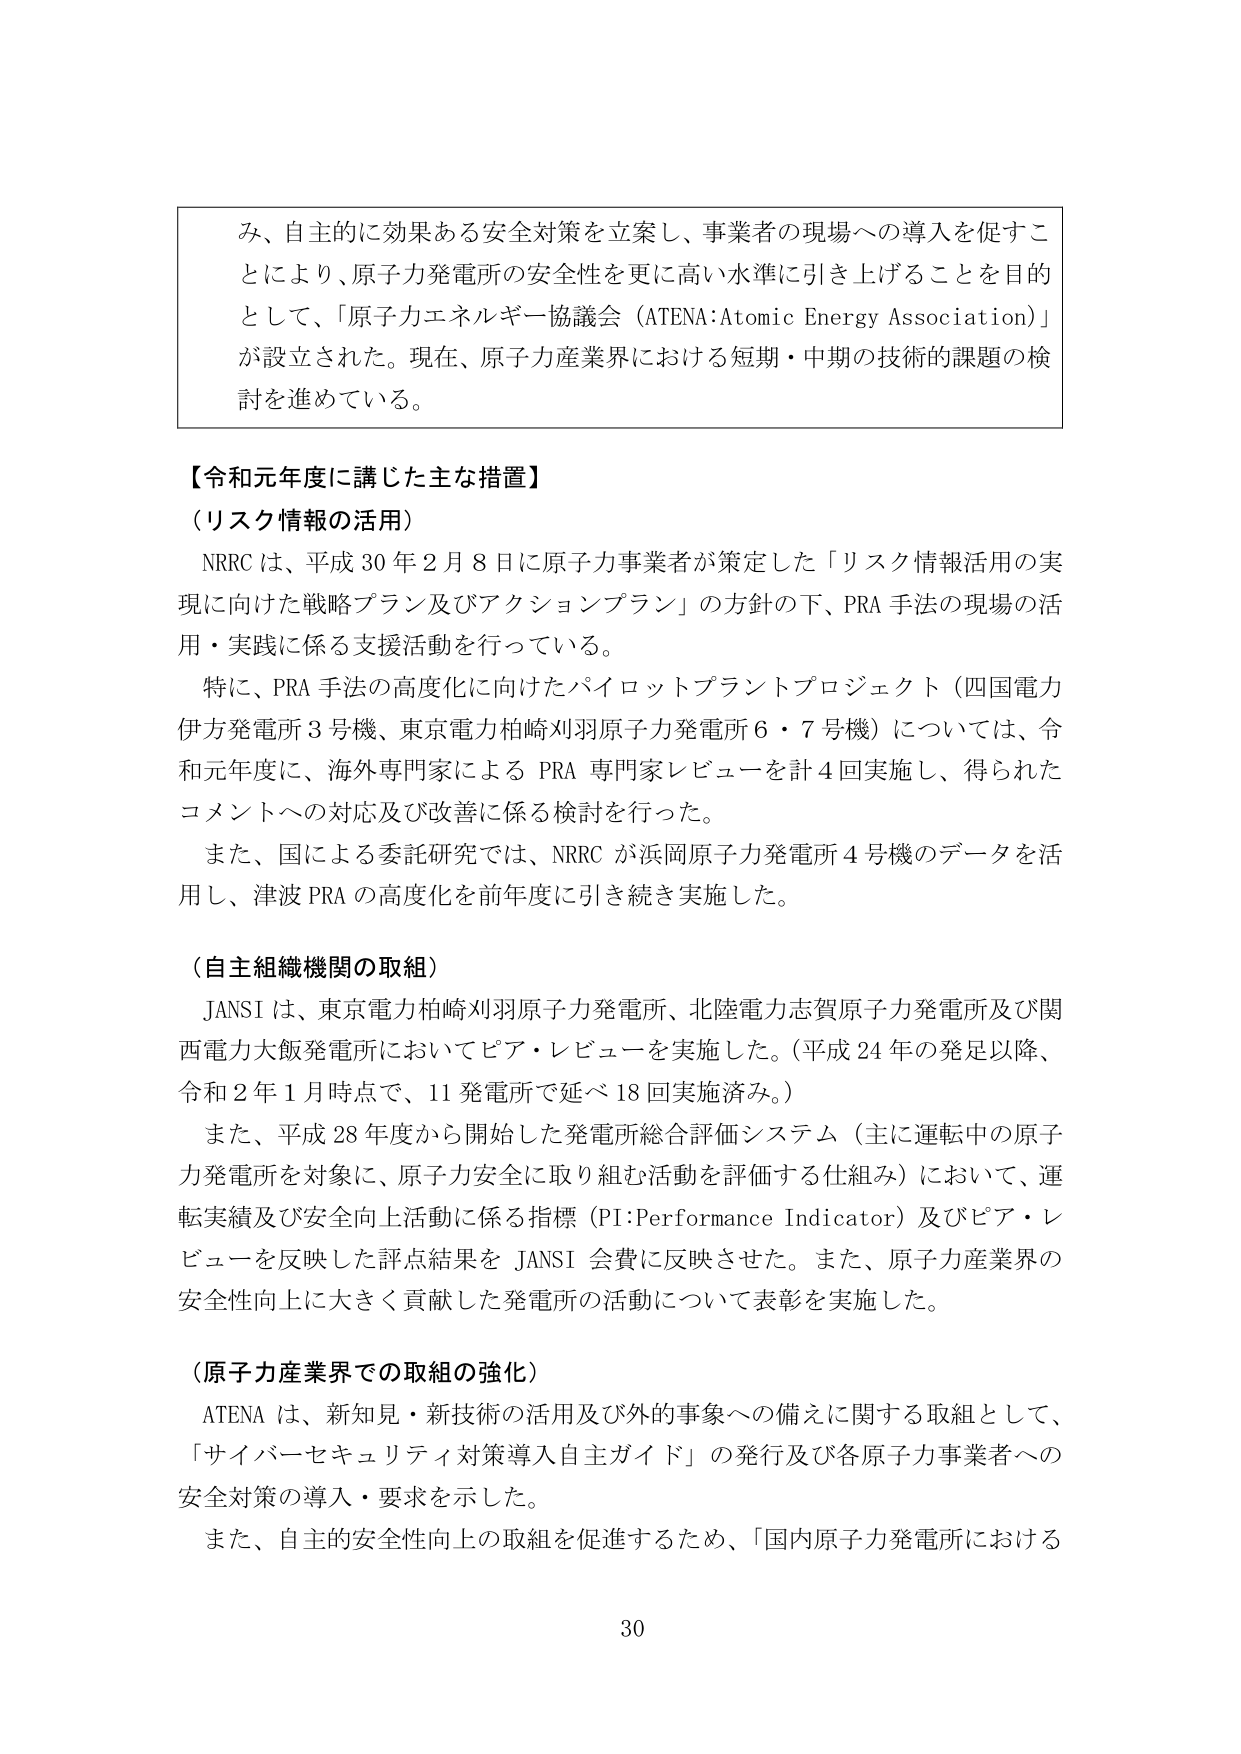
み、自主的に効果ある安全対策を立案し、事業者の現場への導入を促すこ
とにより、原子力発電所の安全性を更に高い水準に引き上げることを目的
として、「原子力エネルギー協議会（ATENA:Atomic Energy Association）」
が設立された。現在、原子力産業界における短期・中期の技術的課題の検
討を進めている。

【令和元年度に講じた主な措置】

（リスク情報の活用）
　NRRC は、平成 30 年 2 月 8 日に原子力事業者が策定した「リスク情報活用の実
現に向けた戦略プラン及びアクションプラン」の方針の下、PRA 手法の現場の活
用・実践に係る支援活動を行っている。
　特に、PRA 手法の高度化に向けたパイロットプラントプロジェクト（四国電力
伊方発電所 3 号機、東京電力柏崎刈羽原子力発電所 6・7 号機）については、令
和元年度に、海外専門家による PRA 専門家レビューを計 4 回実施し、得られた
コメントへの対応及び改善に係る検討を行った。
　また、国による委託研究では、NRRC が浜岡原子力発電所 4 号機のデータを活
用し、津波 PRA の高度化を前年度に引き続き実施した。

（自主組織機関の取組）
　JANSI は、東京電力柏崎刈羽原子力発電所、北陸電力志賀原子力発電所及び関
西電力大飯発電所においてピア・レビューを実施した。（平成 24 年の発足以降、
令和 2 年 1 月時点で、11 発電所で延べ 18 回実施済み。）
　また、平成 28 年度から開始した発電所総合評価システム（主に運転中の原子
力発電所を対象に、原子力安全に取り組む活動を評価する仕組み）において、運
転実績及び安全向上活動に係る指標（PI:Performance Indicator）及びピア・レ
ビューを反映した評点結果を JANSI 会費に反映させた。また、原子力産業界の
安全性向上に大きく貢献した発電所の活動について表彰を実施した。

（原子力産業界での取組の強化）
　ATENA は、新知見・新技術の活用及び外的事象への備えに関する取組として、
「サイバーセキュリティ対策導入自主ガイド」の発行及び各原子力事業者への
安全対策の導入・要求を示した。
　また、自主的安全性向上の取組を促進するため、「国内原子力発電所における

30